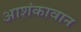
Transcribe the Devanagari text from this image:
आशंकावान